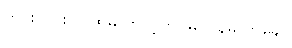
ဟင်းလင်းပြင်ထဲမှ ဘာပဲ့တင်မှ ပြန်မလာချေ။